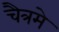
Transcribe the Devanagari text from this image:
चैत्रमे